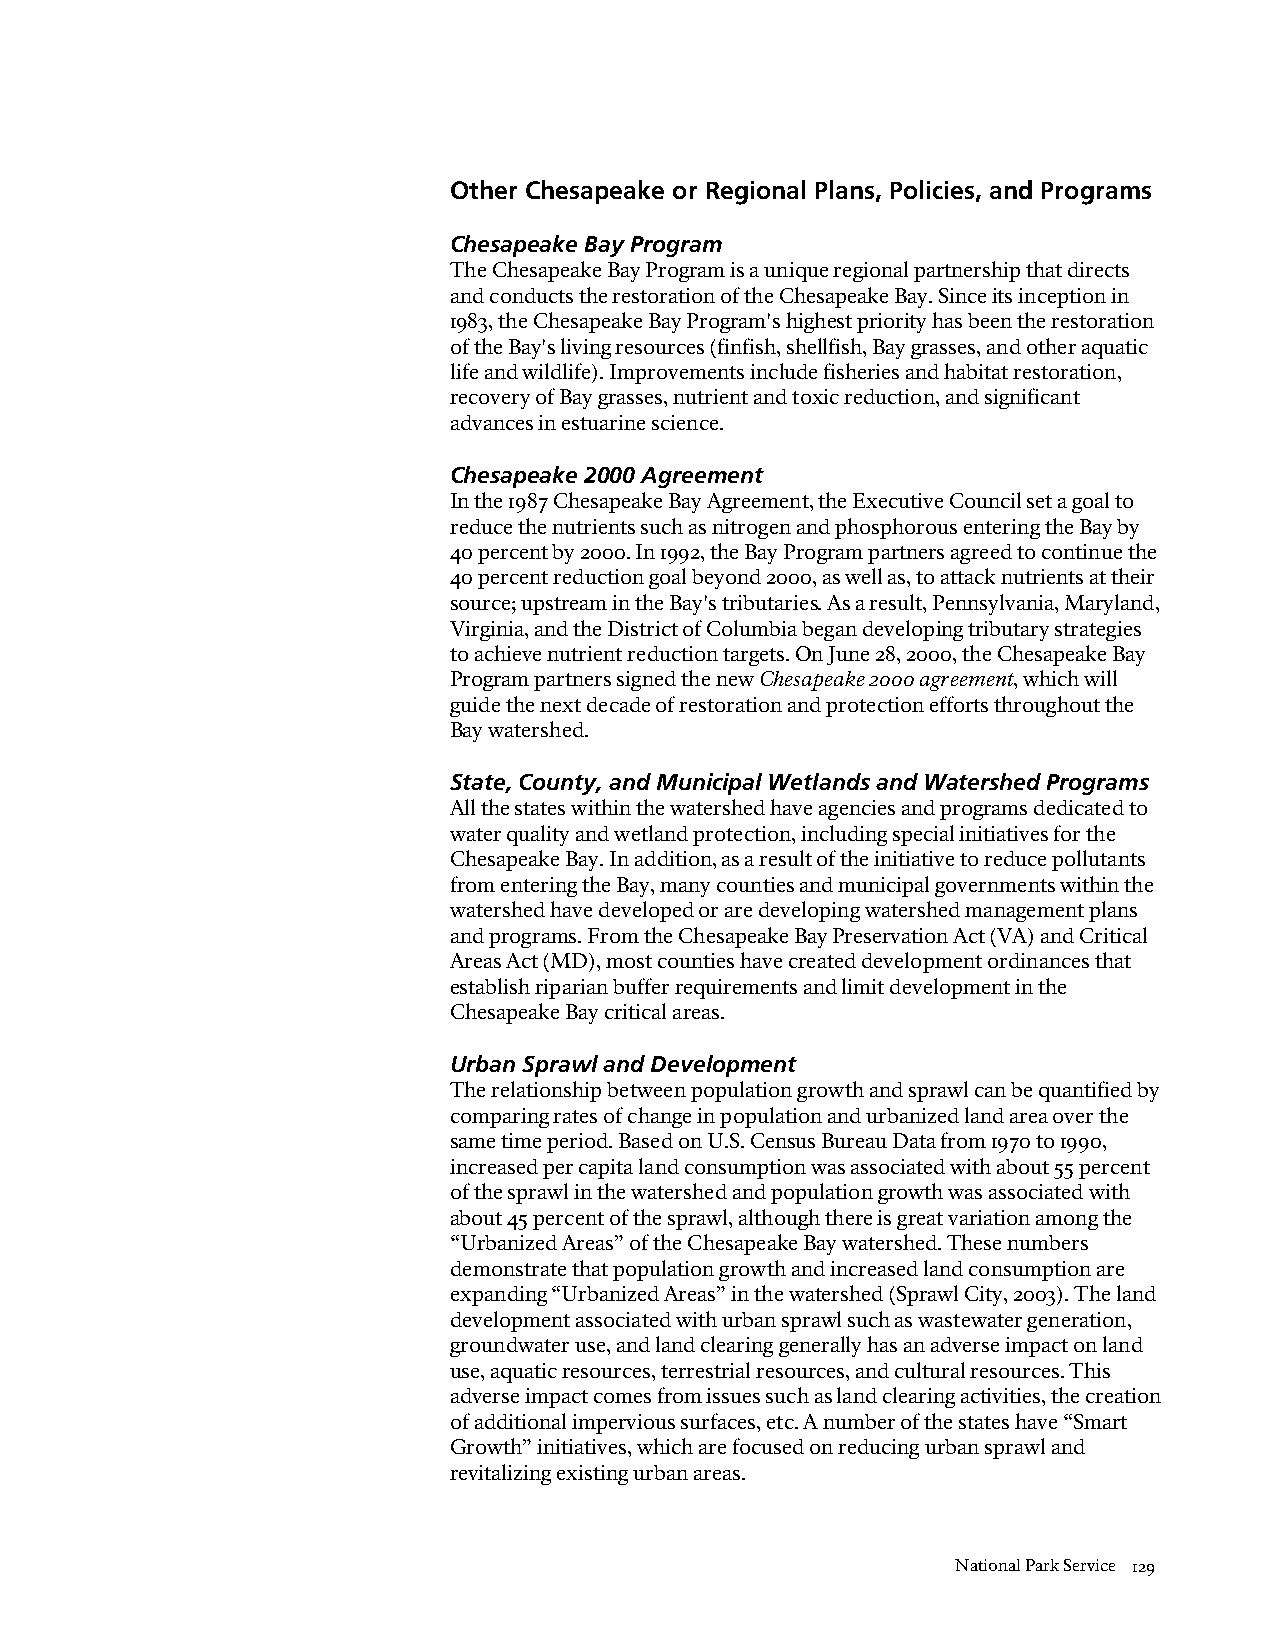
Other Chesapeake or Regional Plans, Policies, and Programs
 Chesapeake Bay Program
 The Chesapeake Bay Program is a unique regional partnership that directs
 and conducts the restoration of the Chesapeake Bay. Since its inception in
 1983, the Chesapeake Bay Program's highest priority has been the restoration
 of the Bay's living resources (finfish, shellfish, Bay grasses, and other aquatic
 life and wildlife). Improvements include fisheries and habitat restoration,
 recovery of Bay grasses, nutrient and toxic reduction, and significant
 advances in estuarine science.
 Chesapeake 2000 Agreement
 In the 1987 Chesapeake Bay Agreement, the Executive Council set a goal to
 reduce the nutrients such as nitrogen and phosphorous entering the Bay by
 40 percent by 2000. In 1992, the Bay Program partners agreed to continue the
 40 percent reduction goal beyond 2000, as well as, to attack nutrients at their
 source; upstream in the Bay's tributaries. As a result, Pennsylvania, Maryland,
 Virginia, and the District of Columbia began developing tributary strategies
 to achieve nutrient reduction targets. On June 28, 2000, the Chesapeake Bay
 Program partners signed the new Chesapeake 2000 agreement, which will
 guide the next decade of restoration and protection efforts throughout the
 Bay watershed.
 State, County, and Municipal Wetlands and Watershed Programs
 All the states within the watershed have agencies and programs dedicated to
 water quality and wetland protection, including special initiatives for the
 Chesapeake Bay. In addition, as a result of the initiative to reduce pollutants
 from entering the Bay, many counties and municipal governments within the
 watershed have developed or are developing watershed management plans
 and programs. From the Chesapeake Bay Preservation Act (VA) and Critical
 Areas Act (MD), most counties have created development ordinances that
 establish riparian buffer requirements and limit development in the
 Chesapeake Bay critical areas.
 Urban Sprawl and Development
 The relationship between population growth and sprawl can be quantified by
 comparing rates of change in population and urbanized land area over the
 same time period. Based on U.S. Census Bureau Data from 1970 to 1990,
 increased per capita land consumption was associated with about 55 percent
 of the sprawl in the watershed and population growth was associated with
 about 45 percent of the sprawl, although there is great variation among the
 “Urbanized Areas” of the Chesapeake Bay watershed. These numbers
 demonstrate that population growth and increased land consumption are
 expanding “Urbanized Areas” in the watershed (Sprawl City, 2003). The land
 development associated with urban sprawl such as wastewater generation,
 groundwater use, and land clearing generally has an adverse impact on land
 use, aquatic resources, terrestrial resources, and cultural resources. This
 adverse impact comes from issues such as land clearing activities, the creation
 of additional impervious surfaces, etc. A number of the states have “Smart
 Growth” initiatives, which are focused on reducing urban sprawl and
 revitalizing existing urban areas.
 National Park Service 129